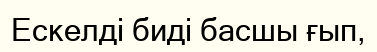
Ескелді биді басшы ғып,